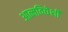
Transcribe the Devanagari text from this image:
आत्मविद्येशी